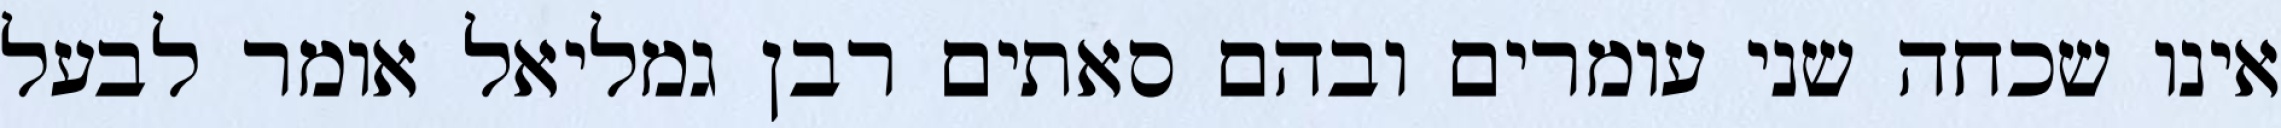
אינו שכחה שני עומרים ובהם סאתים רבן גמליאל אומר לבעל